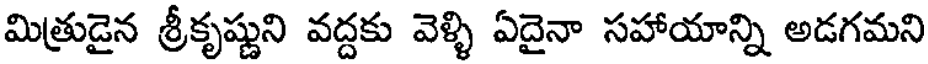
మిత్రుడైన శ్రీకృష్ణుని వద్దకు వెళ్ళి ఏదైనా సహాయాన్ని అడగమని